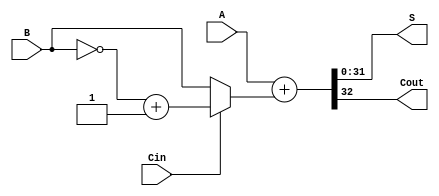
`timescale 1ns / 1ps


// Module Name: Adder

module Adder #(parameter n=32)(
    input [n-1:0] A,
    input [n-1:0] B,
    input Cin,
    output [n-1:0] S,
    output Cout
    );
    
    wire [n-1:0]b;
    
    assign b = (Cin ==1)? ~B+1:B; 
    assign {Cout, S} = A + b;
    
endmodule